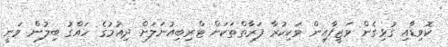
ކޮވިޑާއި ގުޅިގެން ވަޒީފާއިން ވަކިކުރާ ފަރާތްތަކަށް ޓްރިބިއުނަލަށް ދިއުމުގެ ހައްގު ބިލުން ވަނީ